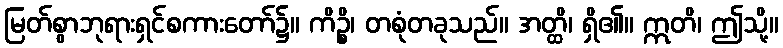
မြတ်စွာဘုရားရှင်စကားတော်၌။ ကိဉ္စိ၊ တစုံတခုသည်။ အတ္ထိ၊ ရှိ၏။ ဣတိ၊ ဤသို့။